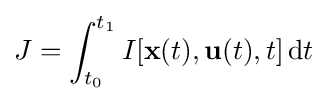
J=\int _{t_{0}}^{t_{1}}I[\mathbf {x} (t),\mathbf {u} (t),t]\,\mathrm {d} t